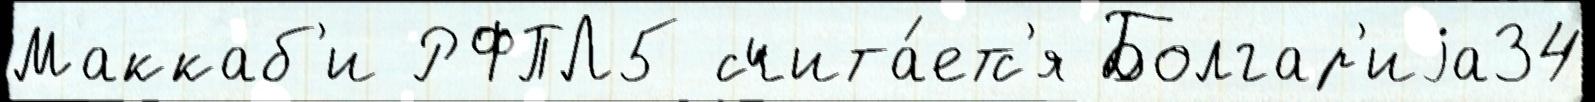
Маккаб'и РФПЛ5 счита́етс'я Болгар'иjа34